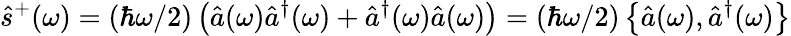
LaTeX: \hat{s}^{+}(\omega)=(\hbar\omega/2)\left(\hat{a}(\omega)\hat{a}^{\dagger}(\omega)+\hat{a}^{\dagger}(\omega)\hat{a}(\omega)\right)=(\hbar\omega/2)\left\{ \hat{a}(\omega),\hat{a}^{\dagger}(\omega)\right\}